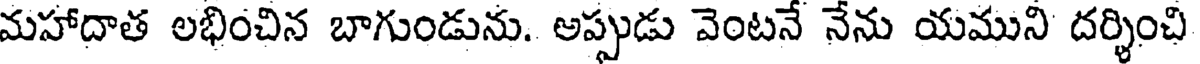
మహాదాత లభించిన బాగుండును. అప్పుడు వెంటనే నేను యముని దర్శించి